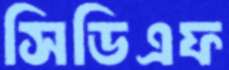
সিডিএফ